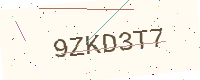
Text: 9ZKD3T7